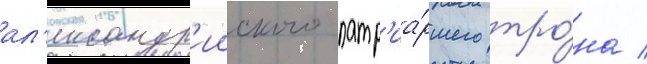
ал'ександр'ииского патр'иа́ршего тро́на /